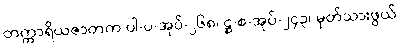
တက္ကာရိယဇာတက ပါ-ပ-အုပ်-၂၆၈၊ ဋ္ဌ-စ-အုပ်-၂၄၃၊ မှတ်သားဖွယ်